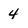
Character: 4